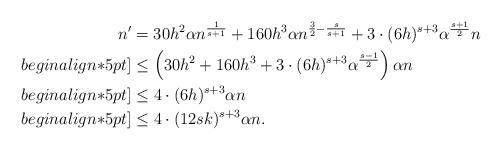
LaTeX: \begin{align*}n'&= 30h^2\alpha n^{\frac{1}{s+1}}+160 h^3\alpha n^{\frac{3}{2}-\frac{s}{s+1}}+3\cdot(6h)^{s+3}\alpha^{\frac{s+1}{2}} n\\begin{align*}5pt]&\leq \left(30h^2+160h^3+3\cdot(6h)^{s+3}\alpha^{\frac{s-1}{2}}\right)\alpha n\\begin{align*}5pt]&\leq 4\cdot (6h)^{s+3}\alpha n\\begin{align*}5pt]&\leq 4\cdot (12sk)^{s+3}\alpha n.\end{align*}